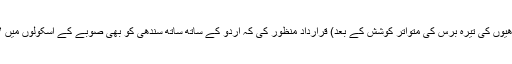
۱۹۷۲ء میں صوبہ سندھ کی اسمبلی نے (سندھیوں کی تیرہ برس کی متواتر کوشش کے بعد) قرارداد منظور کی کہ اُردو کے ساتھ ساتھ سندھی کو بھی صوبے کے اسکولوں میں لازمی مضمون کے طور پر پڑھایا جائے گا۔